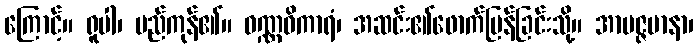
ကြောင့်။ ရူပါ၊ မည်ကုန်၏။ ဝဏ္ဏဝိကာရံ၊ အဆင်း၏ဖောက်ပြန်ခြင်းသို့။ အာပဇ္ဇမာနာ၊